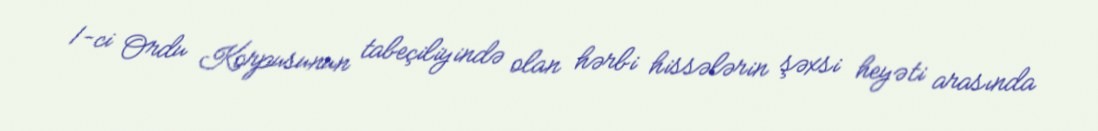
1-ci Ordu Korpusunun tabeçiliyində olan hərbi hissələrin şəxsi heyəti arasında